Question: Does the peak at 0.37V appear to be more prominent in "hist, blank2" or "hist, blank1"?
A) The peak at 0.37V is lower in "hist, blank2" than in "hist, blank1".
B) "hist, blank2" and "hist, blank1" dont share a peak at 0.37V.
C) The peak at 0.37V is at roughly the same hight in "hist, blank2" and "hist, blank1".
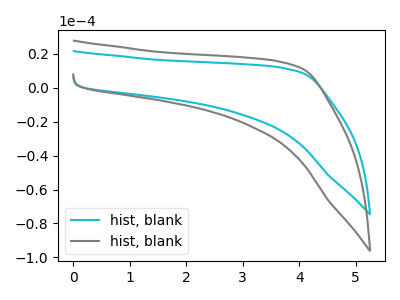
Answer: <think>The cyan curve "hist, blank1" has no peaks. The gray curve "hist, blank2" has no peaks.</think>
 <answer>B) "hist, blank2" and "hist, blank1" dont share a peak at 0.37V.</answer>
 <eval>B</eval>